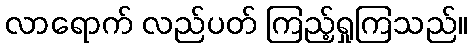
လာရောက် လည်ပတ် ကြည့်ရှုကြသည်။